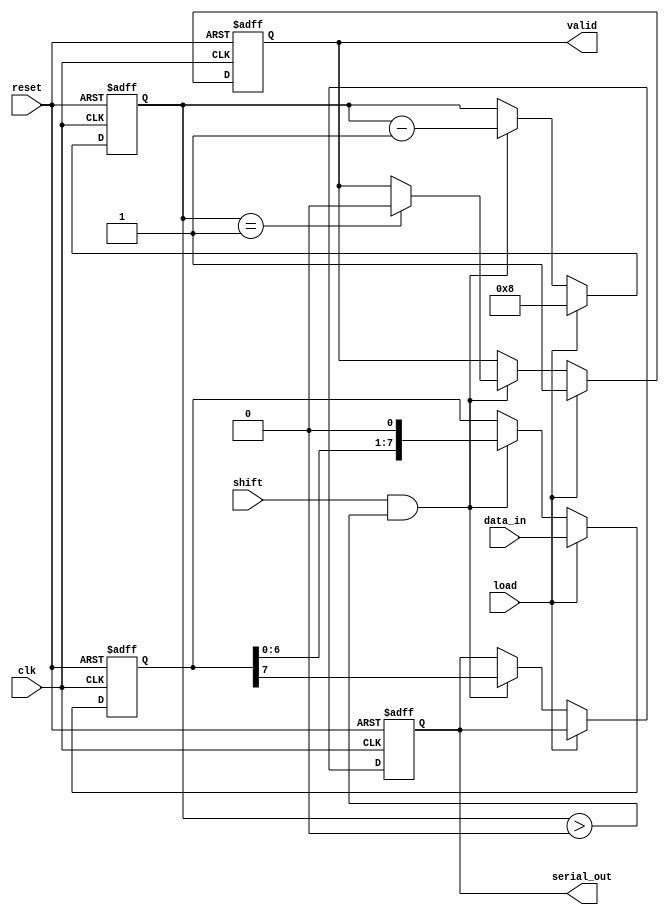
module PISO_Register #(
    parameter N = 8 // Number of parallel data inputs
)(
    input wire [N-1:0] data_in,  // Parallel data inputs
    input wire load,              // Load control signal
    input wire shift,             // Shift control signal
    input wire clk,               // Clock signal
    input wire reset,             // Reset signal
    output reg serial_out,        // Serial data output
    output reg valid              // Output valid signal (optional)
);

    reg [N-1:0] shift_reg;        // Shift register to hold the data
    reg [3:0] bit_count;          // Counter for the number of bits shifted out

    always @(posedge clk or posedge reset) begin
        if (reset) begin
            shift_reg <= 0;       // Clear the shift register on reset
            serial_out <= 0;      // Clear the serial output
            valid <= 0;           // Clear the valid signal
            bit_count <= 0;       // Reset bit counter
        end else begin
            if (load) begin
                shift_reg <= data_in; // Load parallel data into shift register
                bit_count <= N;        // Set bit count to the number of bits
                valid <= 1;            // Set valid signal when data is loaded
            end else if (shift && bit_count > 0) begin
                serial_out <= shift_reg[N-1]; // Output the MSB of the shift register
                shift_reg <= {shift_reg[N-2:0], 1'b0}; // Shift left
                bit_count <= bit_count - 1; // Decrement bit count
                if (bit_count == 1) begin
                    valid <= 0; // Clear valid signal when all bits are shifted out
                end
            end
        end
    end

endmodule